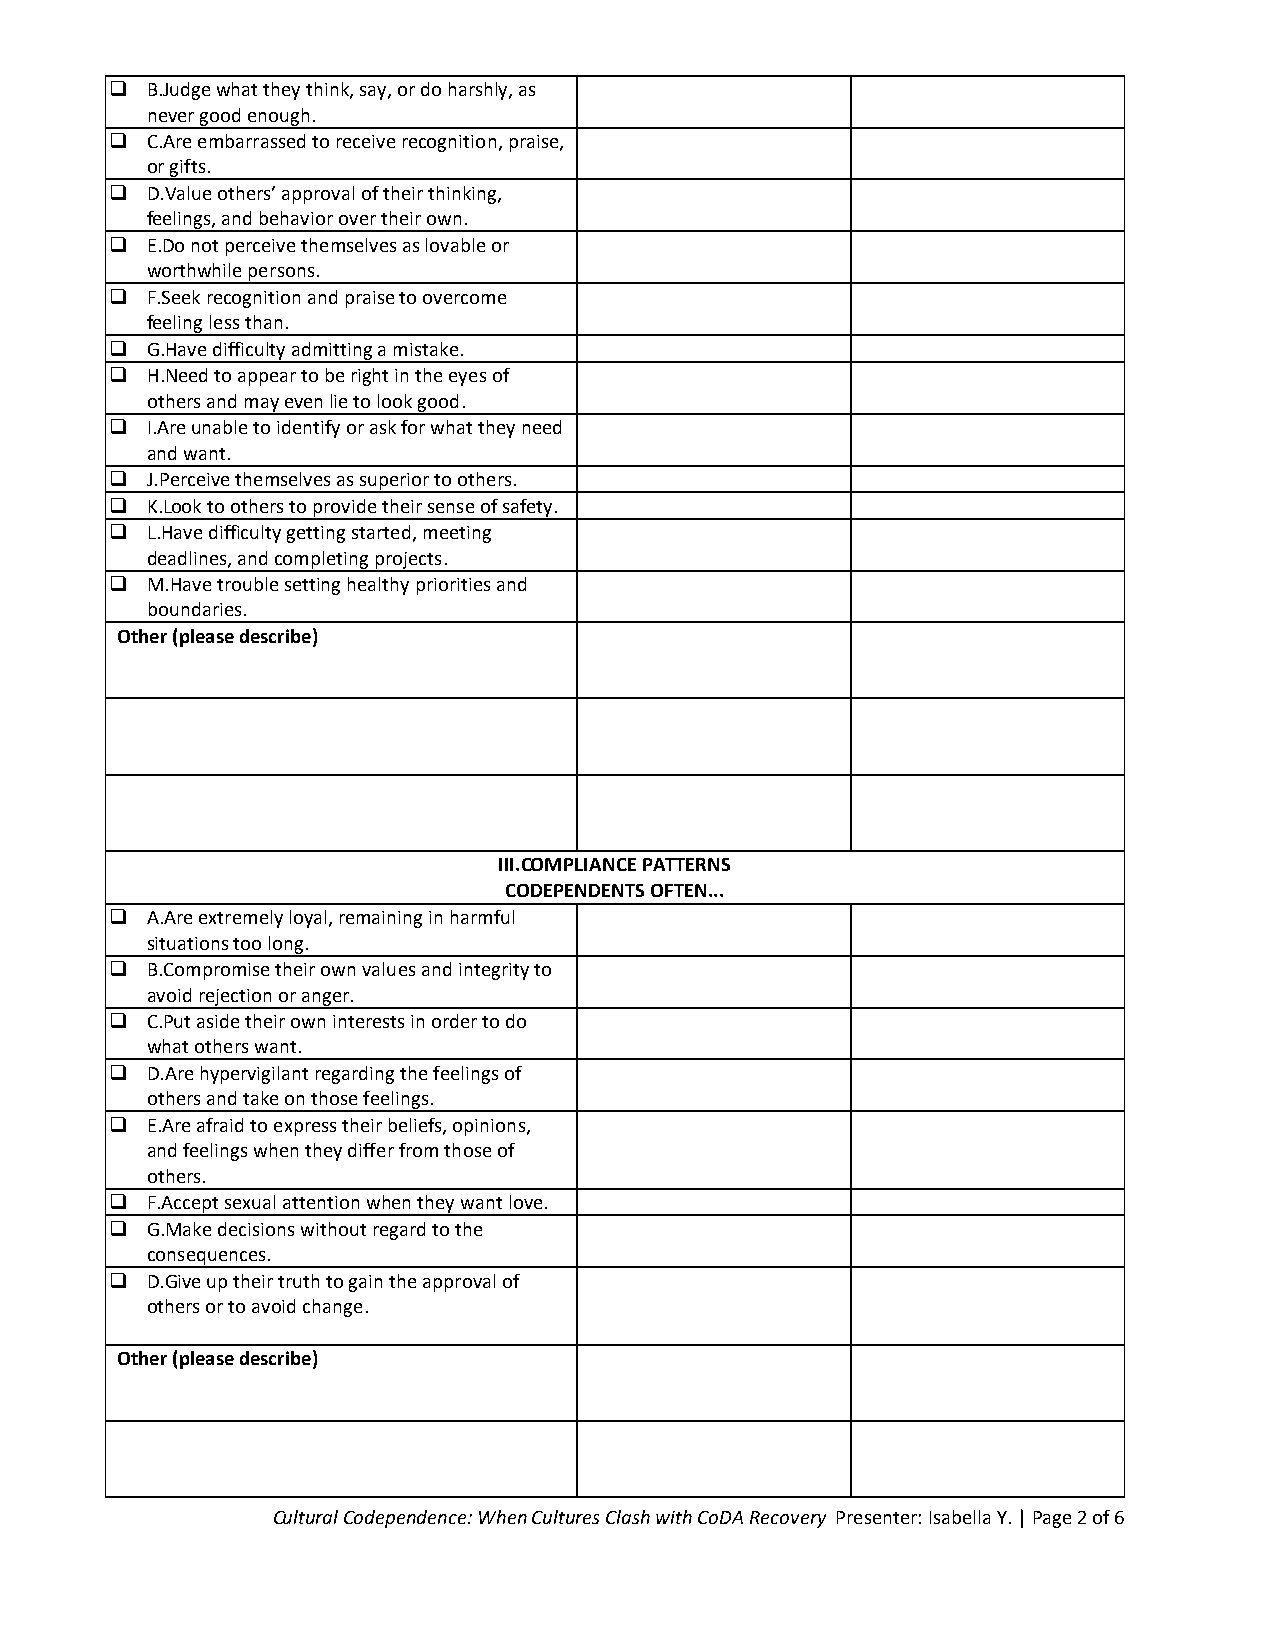
  B.Judge what they think, say, or do harshly, as
 never good enough.
   C.Are embarrassed to receive recognition, praise,
 or gifts.
   D.Value others’ approval of their thinking,
 feelings, and behavior over their own.
   E.Do not perceive themselves as lovable or
 worthwhile persons.
   F.Seek recognition and praise to overcome
 feeling less than.
   G.Have difficulty admitting a mistake.
   H.Need to appear to be right in the eyes of
 others and may even lie to look good.
   I.Are unable to identify or ask for what they need
 and want.
   J.Perceive themselves as superior to others.
   K.Look to others to provide their sense of safety.
   L.Have difficulty getting started, meeting
 deadlines, and completing projects.
   M.Have trouble setting healthy priorities and
 boundaries.
 Other (please describe)
 III.COMPLIANCE PATTERNS
 CODEPENDENTS OFTEN...
   A.Are extremely loyal, remaining in harmful
 situations too long.
   B.Compromise their own values and integrity to
 avoid rejection or anger.
   C.Put aside their own interests in order to do
 what others want.
   D.Are hypervigilant regarding the feelings of
 others and take on those feelings.
   E.Are afraid to express their beliefs, opinions,
 and feelings when they differ from those of
 others.
   F.Accept sexual attention when they want love.
   G.Make decisions without regard to the
 consequences.
   D.Give up their truth to gain the approval of
 others or to avoid change.
 Other (please describe)
 Cultural Codependence: When Cultures Clash with CoDA Recovery Presenter: Isabella Y. | Page 2 of 6